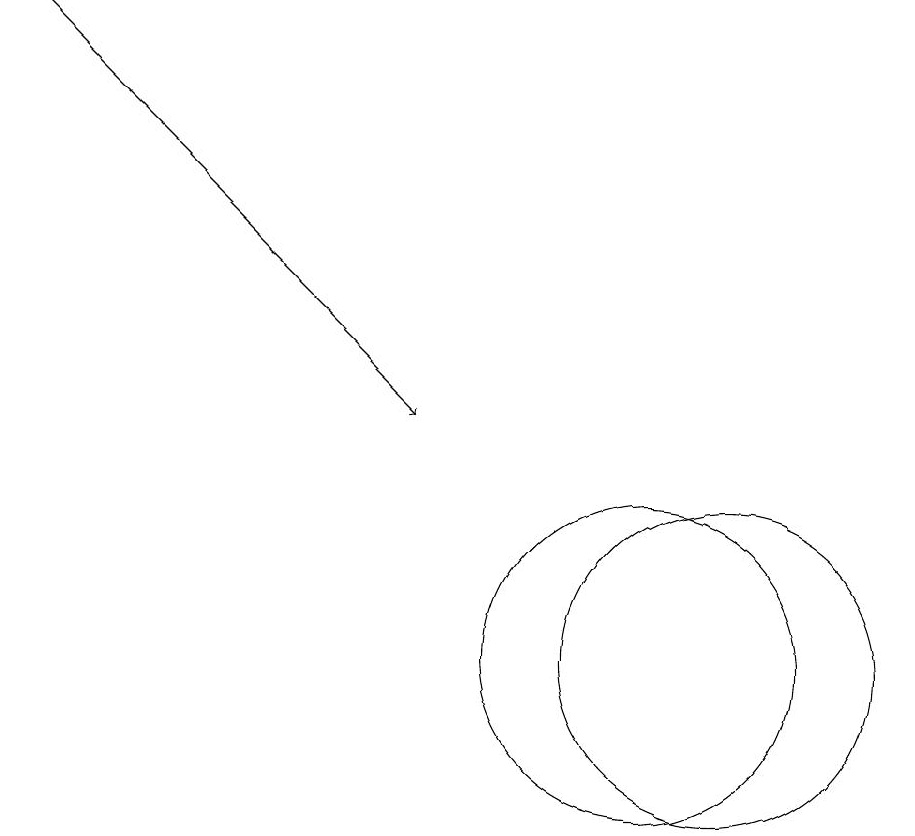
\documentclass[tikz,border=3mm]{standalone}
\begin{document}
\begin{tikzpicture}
\draw (11,10) circle (2);
\draw (12,10) circle (2);
\draw (12,10) circle (0);
\draw[->] (3,18) -- (8,13);
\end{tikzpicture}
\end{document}